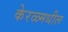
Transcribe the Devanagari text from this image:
केरळ्मधील